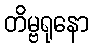
တိမ္ဗရုနော